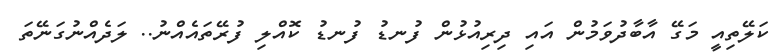
ކަލޭތިއީ މަގޭ އާބާދުވަމުން އައި ދިރިއުޅުން ފުނޑު ފުނޑު ކޮއްލި ފުރޭތައެއްނު.. ލަދެއްނުގަނޭތަ